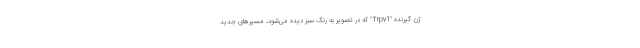
ژن گیرنده "Trpv1" ‌که در تصویر به رنگ سبز دیده می‌شود، مسیرهای جدید